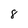
Character: 8